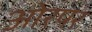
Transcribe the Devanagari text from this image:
ओरपर